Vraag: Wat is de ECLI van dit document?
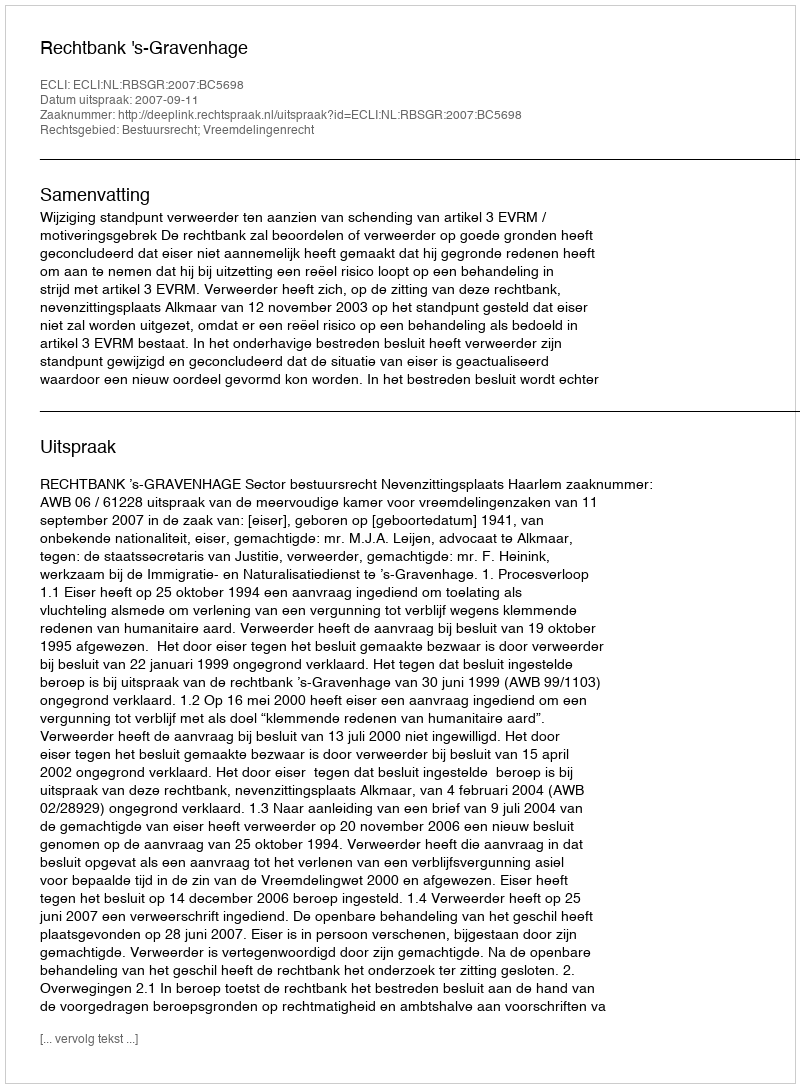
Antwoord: ECLI:NL:RBSGR:2007:BC5698